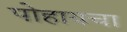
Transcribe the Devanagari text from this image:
पोहायचा